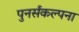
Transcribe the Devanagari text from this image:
पुनर्संकल्पना